Report of the Indian Hemp Drugs Commission, 1894-1895 - Volume VI
Year: 1894
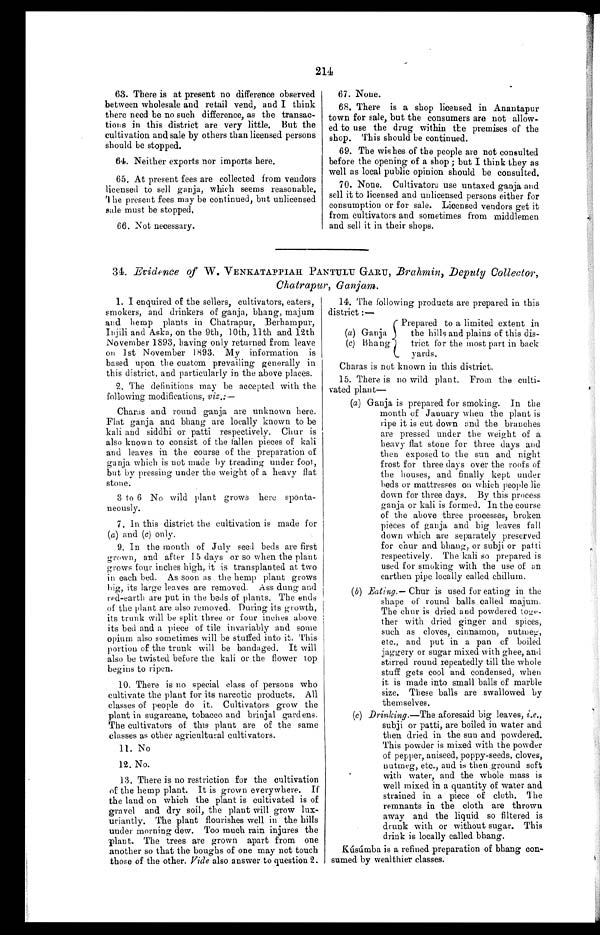
214
63. There is at present no difference observed
between wholesale and retail vend, and I think
there need be no such difference, as the transac-
tions in this district are very little. But the
cultivation and sale by others than licensed persons
should be stopped.
64. Neither exports nor imports here.
65. At present fees are collected from vendors
licensed to sell ganja, which seems reasonable.
The present fees may be continued, but unlicensed
sale must be stopped.
66. Not necessary.
67. None.
68, There is a shop licensed in Anantapur
town for sale, but the consumers are not allow-
ed to use the drug within the premises of the
shop. This should be continued.
69. The wishes of the people are not consulted
before the opening of a shop; but I think they as
well as local public opinion should be consulted.
70. None. Cultivators use untaxed ganja and
sell it to licensed and unlicensed persons either for
consumption or for sale. Licensed vendors get it
from cultivators and sometimes from middlemen
and sell it in their shops.
34. Evidence of W . VENKATAPPIAH PAN TULU GARU, Brahmin, Deputy Collector,
Chatrapur, Ganjam.
1. I enquired of the sellers, cultivators, eaters,
smokers, and drinkers of ganja, bhang, majum
and hemp plants in Chatrapur, Berhampur,
Injili and Aska, on the 9th, l0th, lath and 12th
November 1893, having only returned from leave
on 1st November 1893. My information is
based upon the custom prevailing generally in
this district, and particularly in the above places.
2. The definitions may be accepted with the
following modifications, viz.:—
Charas and round ganja are unknown here.
Flat ganja and bhang are locally known to be
kali and siddhi or patti respectively. Chur is
also known to consist of the fallen pieces of kali
and leaves in the course of the preparation of
ganja which is not made by treading under foot,
but by pressing under the weight of a heavy flat
stone.
3 to 6 No wild plant grows here sponta-
neously.
7. In this district the cultivation is made for
(a) and (c) only.
9. In the month of July seed beds are first
grown, and after 15 days or so when the plant
grows four inches high, it is transplanted at two
in each bed. As soon as the hemp plant grows
big, its large leaves are removed. Ass dung and
red-earth are put in the beds of plants. The ends
of the plant are also removed. During its growth,
its trunk will be split three or four inches above
its bed and a piece of tile invariably and some
opium also sometimes will be stuffed into it. This
portion of the trunk will be bandaged. It will
also be twisted before the kali or the flower top
begins to ripen.
10. There is no special class of persons who
cultivate the plant for its narcotic products. All
classes of people do it. Cultivators grow the
plant in sugarcane, tobacco and brinjal gardens.
The cultivators of this plant are of the same
classes as other agricultural cultivators.
11. No
12. No.
13. There is no restriction for the cultivation
of the hemp plant. It is grown everywhere. If
the land on which the plant is cultivated is of
gravel and dry soil, the plant will grow lux-
uriantly. The plant flourishes well in the hills
under morning dew. Too much rain injures the
plant. The trees are grown apart from one
another so that the boughs of one may not touch
those of the other. Vide also answer to question 2.
14. The following products are prepared in this
district:—
- Prepared to a limited extent in
(a) Ganj a
the hills and plains of this dis-
(c) B ha ng
trict for the most part in back
yards.
Charas is not known in this district.
15. There is no wild plant. From the culti-
vated plant-
(a) Ganja is prepared for smoking. In the
month of January when the plant is
ripe it is cut down and the branches
are pressed under the weight of a
heavy flat stone for three days and
then exposed to the sun and night
frost for three days over the roofs of
the houses, and finally kept under
beds or mattresses on which people lie
down for three days. By this process
ganja or kali is formed. In the course
of the above three processes, broken
pieces of ganja and big leaves fall
down which are separately preserved
for chur and bhang, or subji or patti
respectively. The kali so prepared is
used for smoking with the use. of an
earthen pipe locally called chillum.
(b) Eating.— Chur is used for eating in the
shape of round balls called majum.
The chur is dried and powdered toge-
ther with dried ginger and spices,
such as cloves, cinnamon, nutmeg,
etc., and put in a pan of boiled
jaggery or sugar mixed with ghee, and
stirred round repeatedly till the whole
stuff gets cool and condensed, when
it is made into small balls of marble
size. These balls are swallowed by
themselves.
(c) Drinking.—The aforesaid big leaves, i.e.,
subji or patti, are boiled in water and
then dried in the sun and powdered.
This powder is mixed with the powder
of pepper, aniseed, poppy-seeds, cloves,
nutmeg, etc., and is then ground soft
with water, and the whole mass is
well mixed in a quantity of water and
strained in a piece of cloth. The
remnants in the cloth are thrown
away and the liquid so filtered is
drunk with or without sugar. This
drink is locally called bhang.
Kúsúmba is a refined preparation of bhang con-
sumed by wealthier classes.